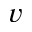
v